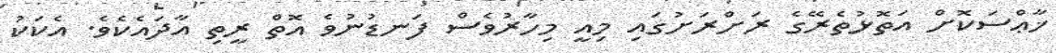
ޚާޢްސަކޮށް އަތޮޅުތެރޭގެ ރަށްރަށުގައި މިއީ މިހާރުވެސް ފަނޑުނުވެ އޮތް ރީތި އާދައެކެވެ. އެކަކު